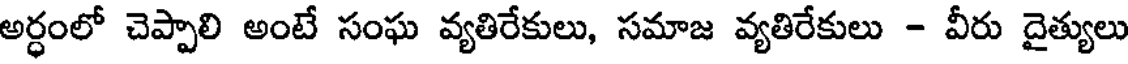
అర్ధంలో చెప్పాలి అంటే సంఘ వ్యతిరేకులు, సమాజ వ్యతిరేకులు - వీరు దైత్యులు